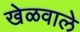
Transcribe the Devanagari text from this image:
खेळवाले